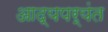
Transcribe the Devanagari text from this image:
आद्यपर्यंत